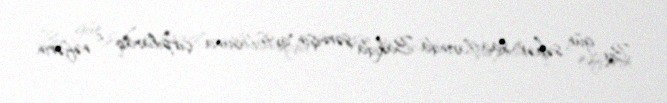
Bu gün səhər saatlarında Bakıda sərnişin avtobusuna çırpılaraq 5 nəfərin